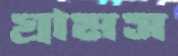
গ্রামস